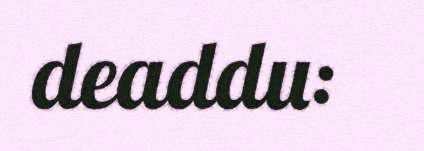
deaddu: